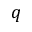
q